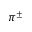
\pi ^ { \pm }